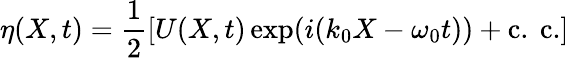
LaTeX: \eta(X,t)=\frac{1}{2}[U(X,t)\exp(i(k_{0}X-\omega_{0}t))+\mathrm{{c.~c.}}]